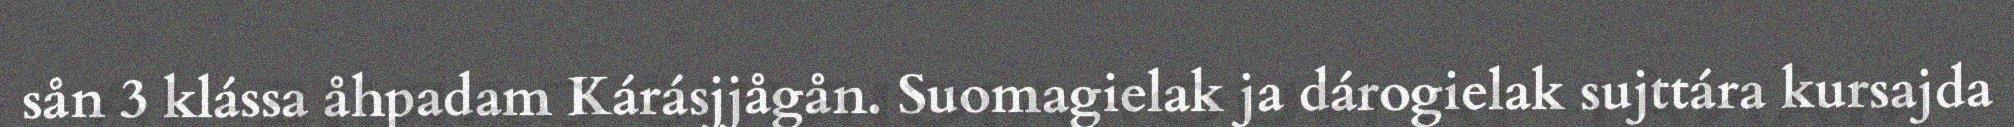
sån 3 klássa åhpadam Kárásjjågån. Suomagielak ja dárogielak sujttára kursajda